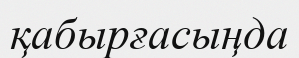
қабырғасыңда